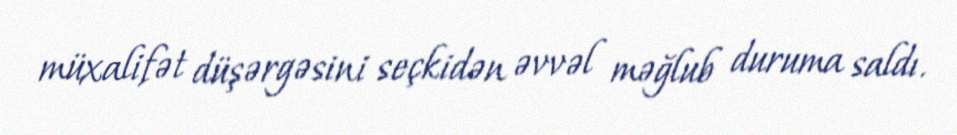
müxalifət düşərgəsini seçkidən əvvəl məğlub duruma saldı.